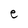
Character: e